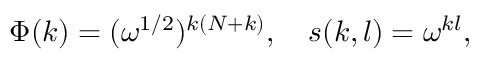
\Phi ( k ) = ( \omega ^ { 1 / 2 } ) ^ { k ( N + k ) } , ~ ~ ~ s ( k , l ) = \omega ^ { k l } ,